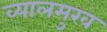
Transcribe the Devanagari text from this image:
व्यालमुख